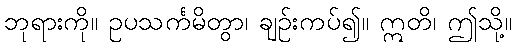
ဘုရားကို။ ဥပသင်္ကမိတွာ၊ ချဉ်းကပ်၍။ ဣတိ၊ ဤသို့။